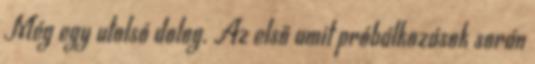
Még egy utolsó dolog. Az első amit próbálkozások során